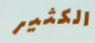
الكثير